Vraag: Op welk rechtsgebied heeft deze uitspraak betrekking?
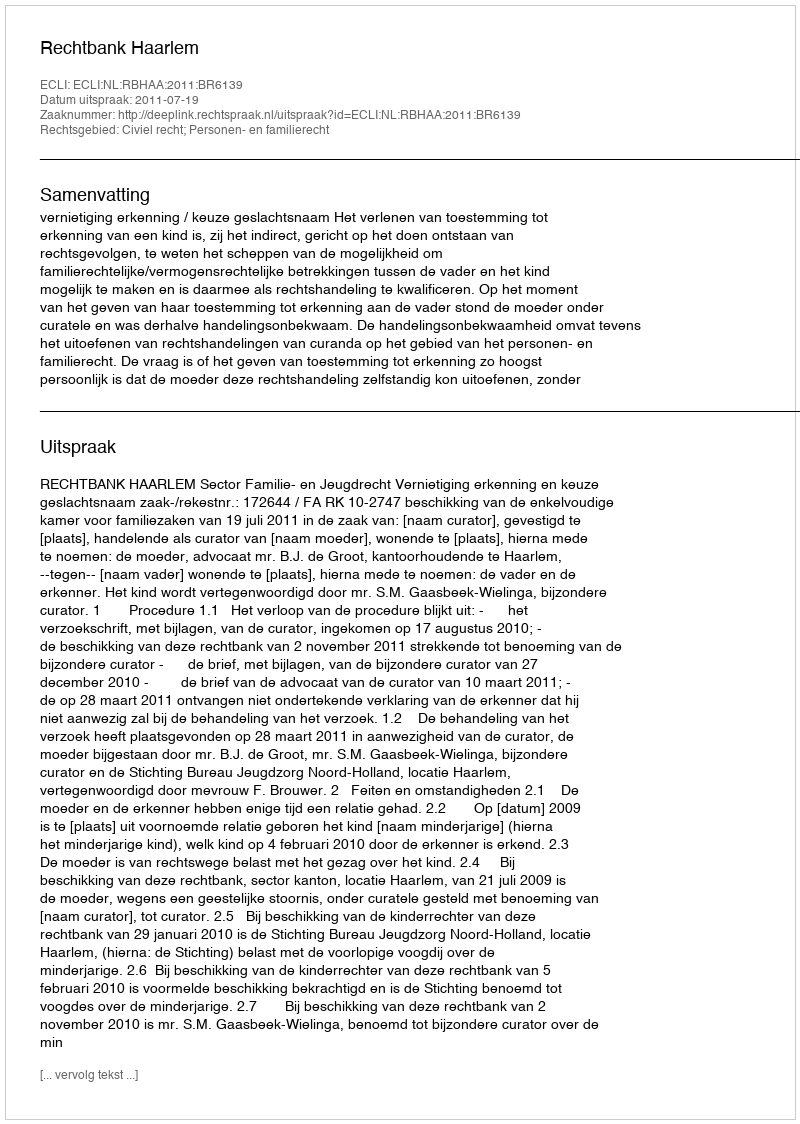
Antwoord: Civiel recht; Personen- en familierecht